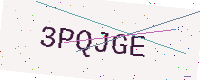
Text: 3PQJGE